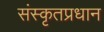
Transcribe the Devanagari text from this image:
संस्कृतप्रधान